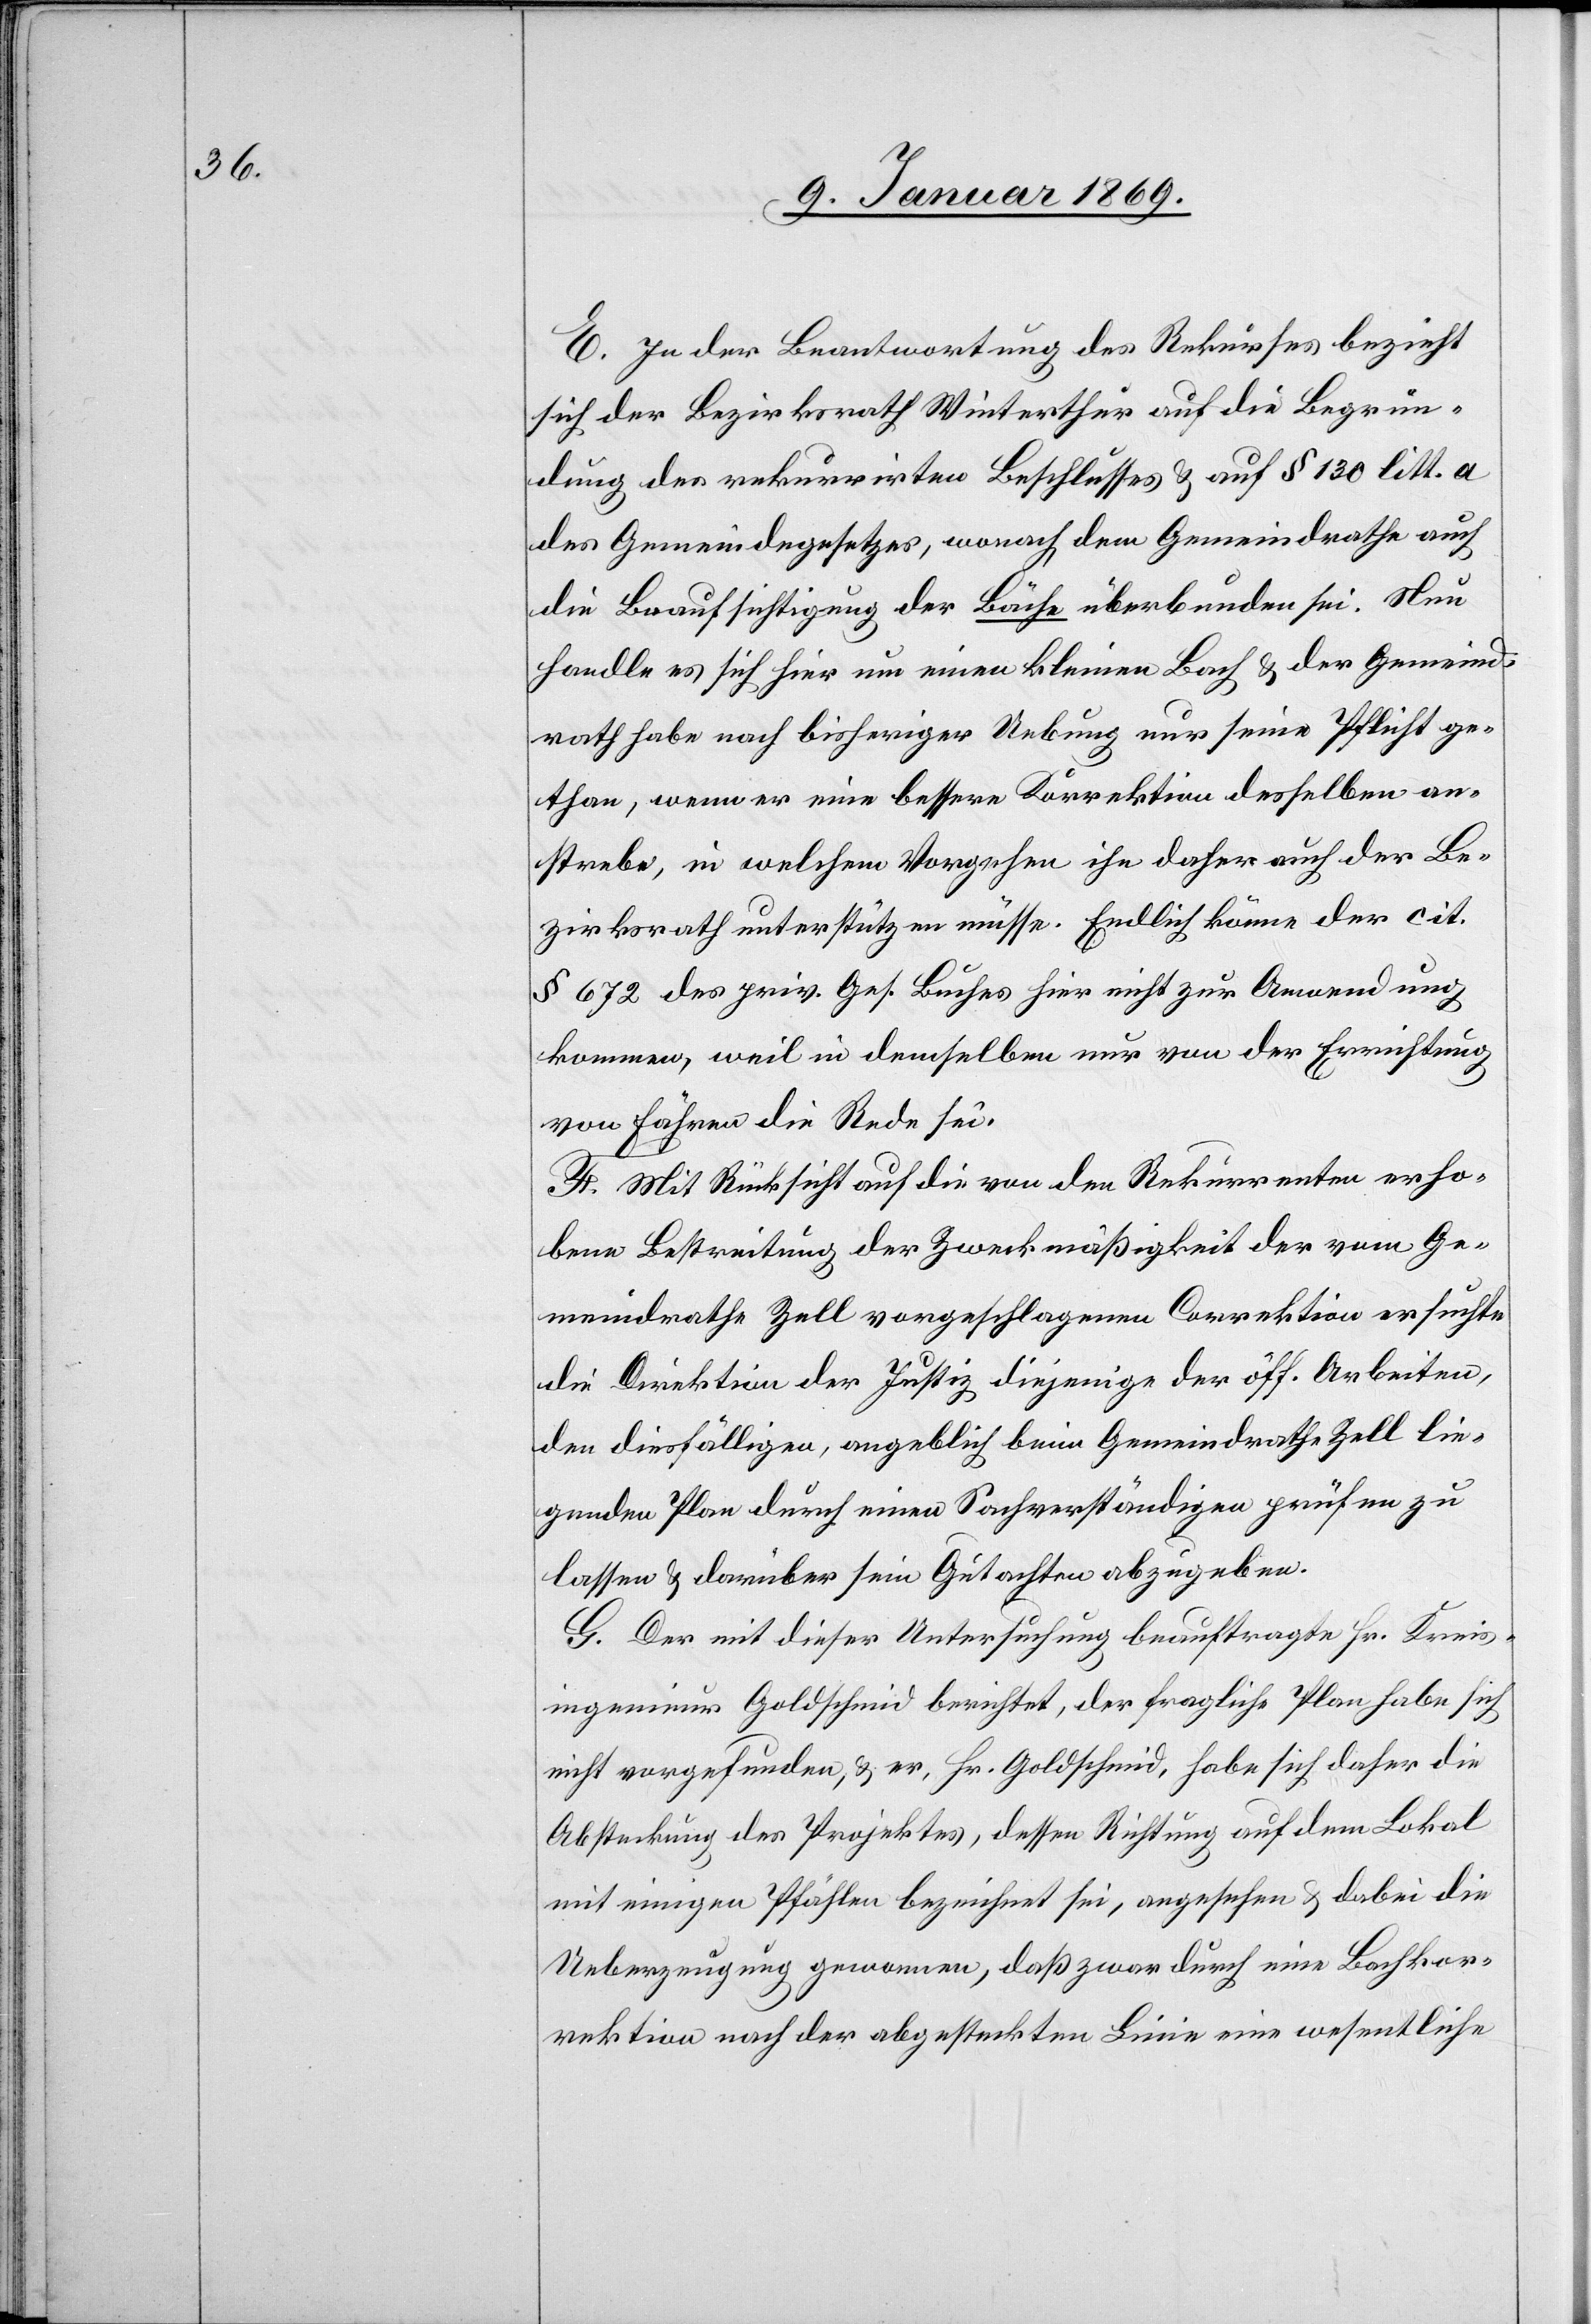
E. In der Beantwortung des Rekurses bezieht
sich der Bezirksrat Winterthur auf die Begrün¬
dung des rekurrirten Beschlusses & auf § 130 litt. a
des Gemeindegeseztes, wonach dem Gemeindrathe auch
die Beaufsichtigung der Bäche überbunden sei. Nun
handle es sich hier um einen kleinen Bach & der Gemeind¬
rath habe nach bisheriger Uebung nur seine Pflicht ge¬
than, wenn er eine bessere Korrektion desselben an¬
strebe, in welchem Vergehen ihn daher auch der Be¬
zirksrath unterstützen müsse. Endlich könne der cit.
§ 672 des priv. Ges. Buches hier nicht zur Anwendung
kommen, weil in demselben nur von der Errichtung
von Fähren die Rede sei.
F. Mit Rücksicht auf die von den Rekurrenten erho¬
bene Bestreitung der Zweckmäßigkeit der vom Ge¬
meindrathe Zell vorgeschlagenen Correktion ersuchte
die Direktion der Justiz diejenige der öff. Arbeiten,
den diesfälligen, angeblich beim Gemeindrathe Zell lie¬
genden Plan durch einen Sachverständigen prüfen zu
lassen & darüber sein Gutachten abzugeben.
G. Der mit dieser Untersuchung beauftragte Hr. Kreis¬
ingenieuer Goldschmid berichtet, der fragliche Plan habe sich
nicht vorgefunden, & er, Hr. Goldschmid, habe sich daher die
Absteckung des Projektes, dessen Richtung auf dem Lokal
mit einigen Pfählen bezeichnet sei, angesehen & dabei die
Ueberzeugung gewonnen, daß zwar durch eine Bachkor¬
rektion nach der abgesteckten Linie eine wesentliche